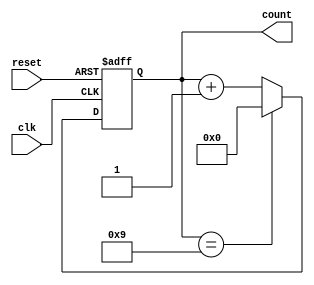
module Decade_Counter (
    input wire clk,        // Clock input
    input wire reset,      // Asynchronous reset
    output reg [3:0] count // 4-bit output for the count value
);

    // Always block triggered on the rising edge of the clock or on reset
    always @(posedge clk or posedge reset) begin
        if (reset) begin
            count <= 4'b0000; // Reset the counter to 0
        end else begin
            // Increment the counter
            if (count == 4'b1001) begin
                count <= 4'b0000; // Reset to 0 when count reaches 10 (binary 1010)
            end else begin
                count <= count + 1; // Increment the count
            end
        end
    end

endmodule